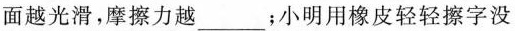
面越光滑，摩擦力越 ___；小明用橡皮轻轻擦字没